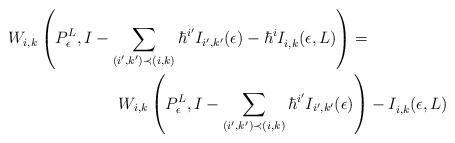
LaTeX: \begin{align*} W_{i, k}\left(P_\epsilon^L, I - \sum_{(i', k') \prec (i, k)}\hbar^{i'}I_{i', k'}(\epsilon) - \hbar^i I^{}_{i, k}(\epsilon, L)\right) =& \\ W_{i, k}\left(P_\epsilon^L, I - \sum_{(i', k') \prec (i, k)}\hbar^{i'}I_{i', k'}(\epsilon) \right)& - I^{}_{i, k}(\epsilon, L)\end{align*}